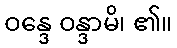
ဝန္ဒေ ဝန္ဒာမိ၊ ၏။